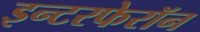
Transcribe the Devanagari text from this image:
इन्टरफेरॉन